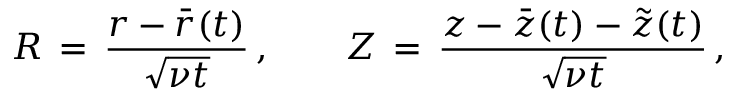
R \, = \, \frac { r - \bar { r } ( t ) } { \sqrt { \nu t } } \, , \qquad Z \, = \, \frac { z - \bar { z } ( t ) - \tilde { z } ( t ) } { \sqrt { \nu t } } \, ,